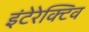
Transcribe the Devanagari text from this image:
इंटेरेक्टिव